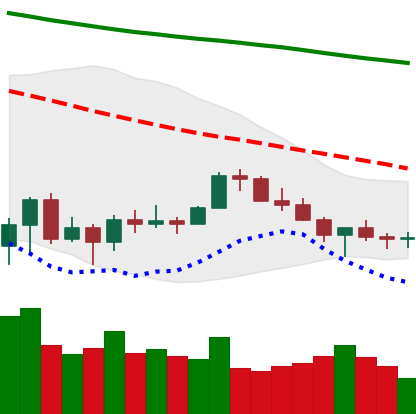
Ticker: XLM-USD
Chart end date: 2022-07-03
Forward return: 4.017%
Label: up_3_5